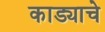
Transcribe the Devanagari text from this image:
काड्याचे